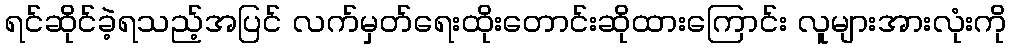
ရင်ဆိုင်ခဲ့ရသည့်အပြင် လက်မှတ်ရေးထိုးတောင်းဆိုထားကြောင်း လူများအားလုံးကို